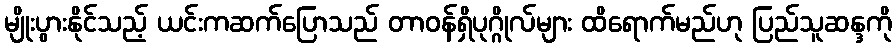
မျိုးပွားနိုင်သည့် ယင်းကဆက်ပြောသည် တာ၀န်ရှိပုဂ္ဂိုလ်များ ထိရောက်မည်ဟု ပြည်သူဆန္ဒကို